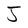
Character: J